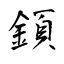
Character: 顉